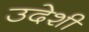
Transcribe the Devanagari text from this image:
उदेशी